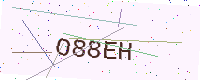
Text: O88EH